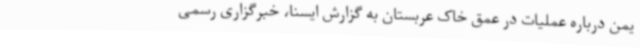
یمن درباره عملیات در عمق خاک عربستان به گزارش ایسنا، خبرگزاری رسمی